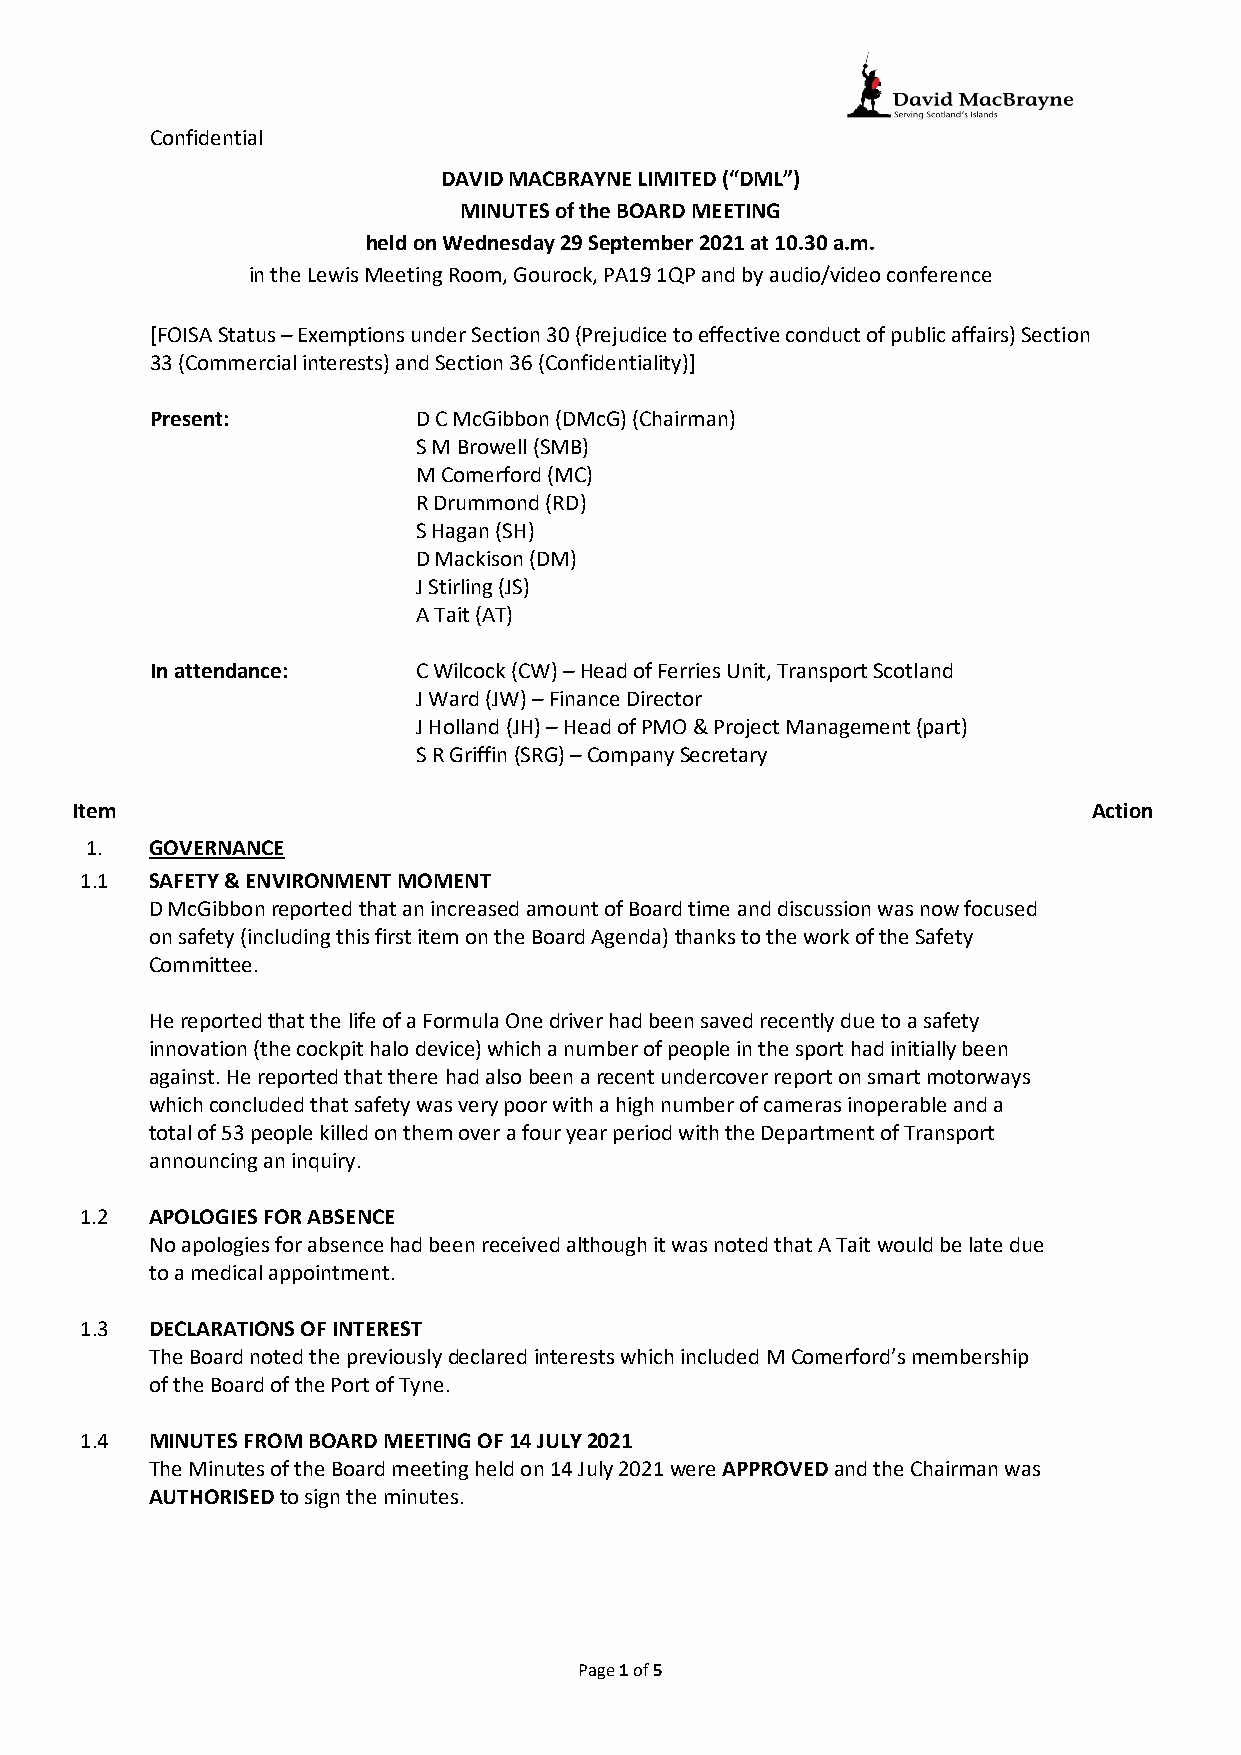
Confidential
 DAVID MACBRAYNE LIMITED (“DML”)
 MINUTES of the BOARD MEETING
 held on Wednesday 29 September 2021 at 10.30 a.m.
 in the Lewis Meeting Room, Gourock, PA19 1QP and by audio/video conference
 [FOISA Status – Exemptions under Section 30 (Prejudice to effective conduct of public affairs) Section
 33 (Commercial interests) and Section 36 (Confidentiality)]
 Present:          D C McGibbon (DMcG) (Chairman)
 S M Browell (SMB)
 M Comerford (MC)
 R Drummond (RD)
 S Hagan (SH)
 D Mackison (DM)
 J Stirling (JS)
 A Tait (AT)
 In attendance:    C Wilcock (CW) – Head of Ferries Unit, Transport Scotland
 J Ward (JW) – Finance Director
 J Holland (JH) – Head of PMO & Project Management (part)
 S R Griffin (SRG) – Company Secretary
 Item                                                               Action
 1.  GOVERNANCE
 1.1  SAFETY & ENVIRONMENT MOMENT
 D McGibbon reported that an increased amount of Board time and discussion was now focused
 on safety (including this first item on the Board Agenda) thanks to the work of the Safety
 Committee.
 He reported that the life of a Formula One driver had been saved recently due to a safety
 innovation (the cockpit halo device) which a number of people in the sport had initially been
 against. He reported that there had also been a recent undercover report on smart motorways
 which concluded that safety was very poor with a high number of cameras inoperable and a
 total of 53 people killed on them over a four year period with the Department of Transport
 announcing an inquiry.
 1.2  APOLOGIES FOR ABSENCE
 No apologies for absence had been received although it was noted that A Tait would be late due
 to a medical appointment.
 1.3  DECLARATIONS OF INTEREST
 The Board noted the previously declared interests which included M Comerford’s membership
 of the Board of the Port of Tyne.
 1.4  MINUTES FROM BOARD MEETING OF 14 JULY 2021
 The Minutes of the Board meeting held on 14 July 2021 were APPROVED and the Chairman was
 AUTHORISED to sign the minutes.
 Page 1 of 5